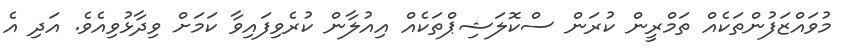
މުވައްޒަފުންތަކެއް ތަމްރީން ކުރަން ސްކޮލަޝިޕްތަކެއް އިއުލާން ކުރެވިފައިވާ ކަމަށް ވިދާޅުވިއެވެ. އަދި އެ